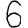
Digit: 6